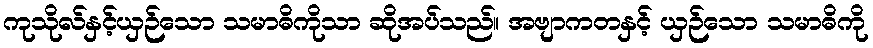
ကုသိုလ်နှင့်ယှဉ်သော သမာဓိကိုသာ ဆိုအပ်သည်။ အဗျာကတနှင့် ယှဉ်သော သမာဓိကို